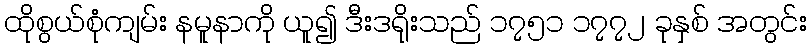
ထိုစွယ်စုံကျမ်း နမူနာကို ယူ၍ ဒီးဒရိုးသည် ၁၇၅၁ ၁၇၇၂ ခုနှစ် အတွင်း